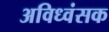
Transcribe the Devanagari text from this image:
अविध्वंसक